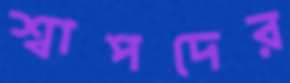
শ্বাপদের